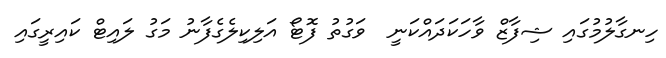
ހިނގާލުމުގައި ޝިފާޒް ވާހަކަދައްކަނީ  ވަގުތު ފޮޓޯ އަލިކިލެގެފާނު މަގު ލައިޓް ކައިރީގައި